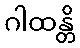
ဂါထန္တိ